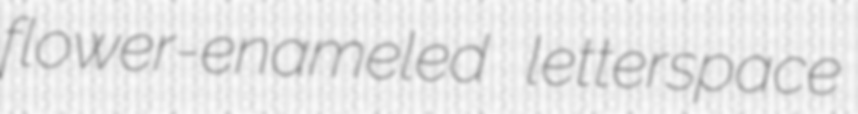
flower-enameled letterspace